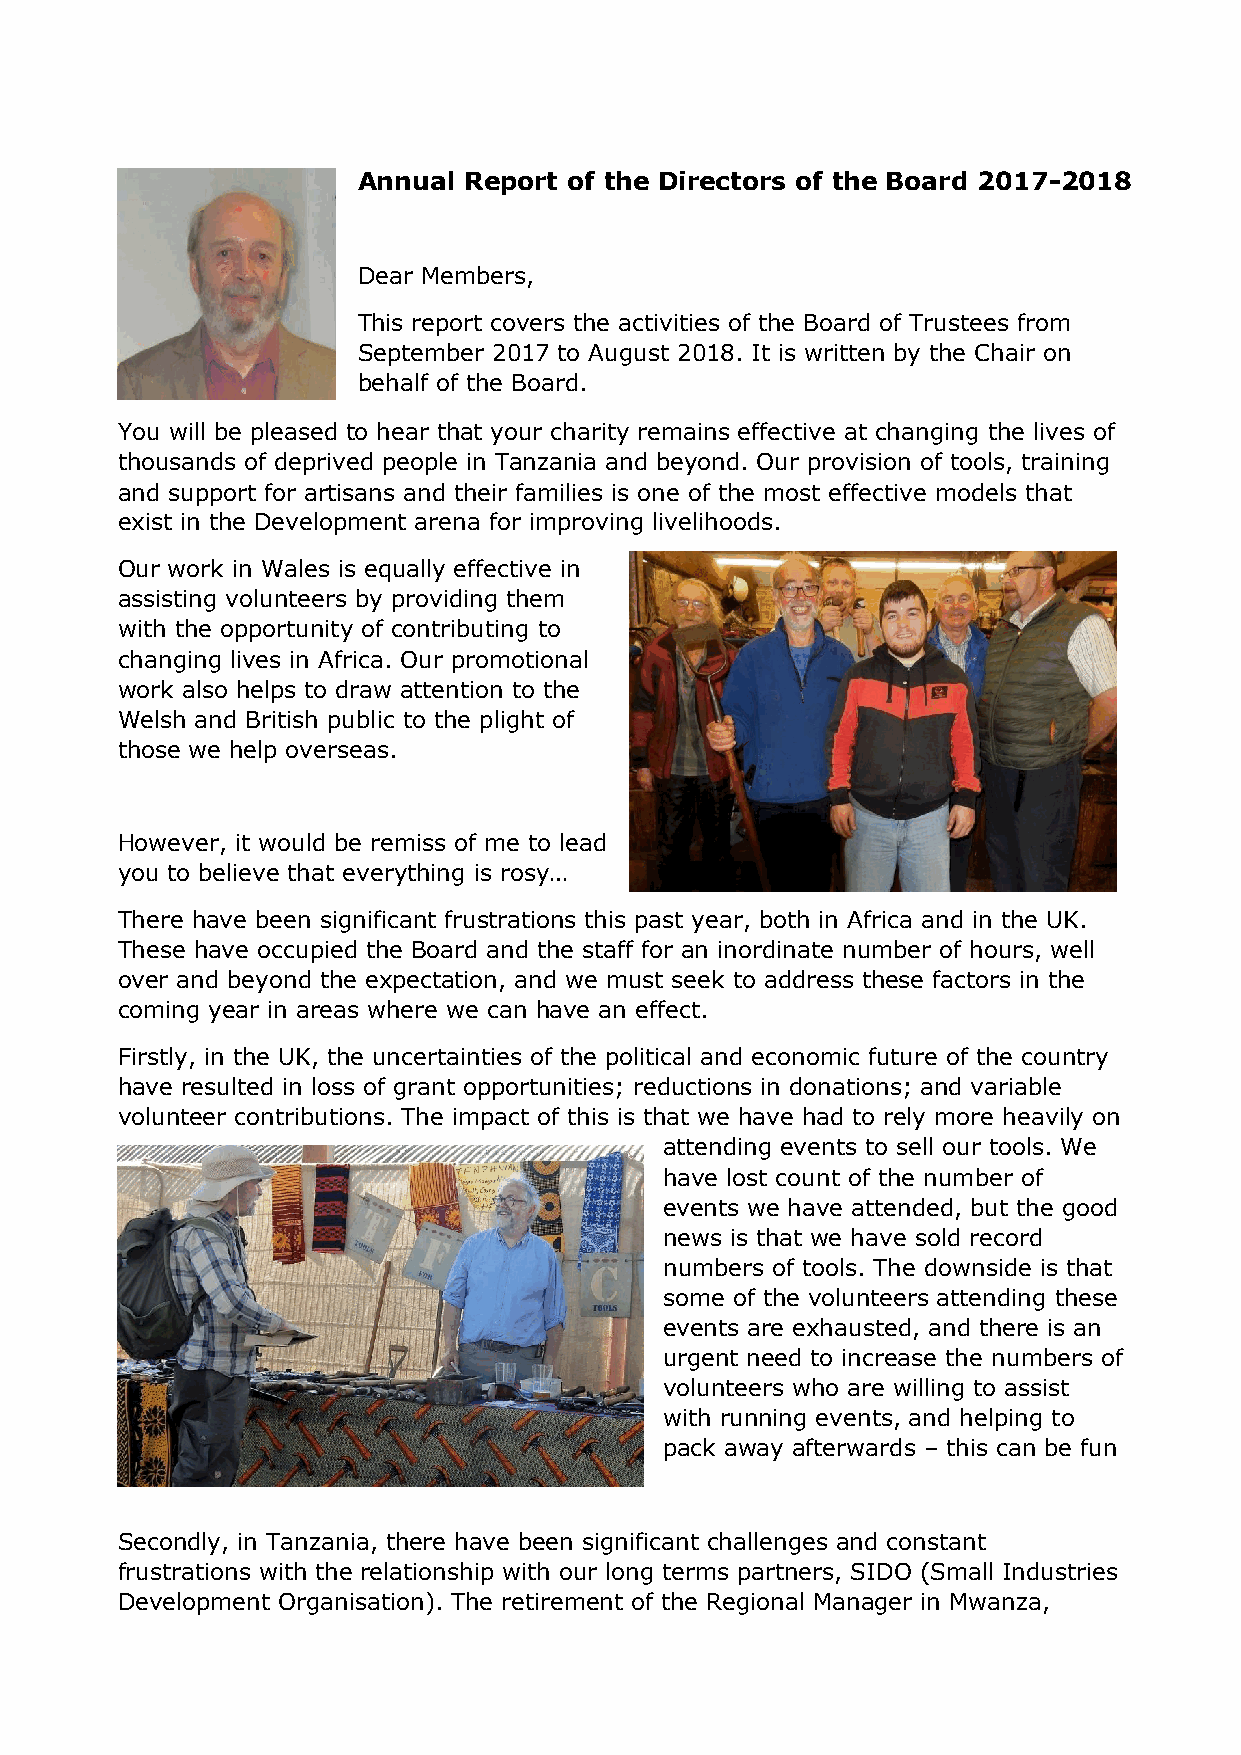
Annual Report of the Directors of the Board 2017-2018
 SDoemare tMimemesb ietr iss, difficult to remain positive in
 the face of many frustrations, but we try! So,
 This report covers the activities of the Board of Trustees from
 what is positive?
 September 2017 to August 2018. It is written by the Chair on
 behalf of the Board.
 You will be pleased to hear that your charity remains effective at changing the lives of
 thousands of deprived people in Tanzania and beyond. Our provision of tools, training
 and support for artisans and their families is one of the most effective models that
 exist in the Development arena for improving livelihoods.
 Our work in Wales is equally effective in
 assisting volunteers by providing them
 with the opportunity of contributing to
 changing lives in Africa. Our promotional
 work also helps to draw attention to the
 Welsh and British public to the plight of
 those we help overseas.
 However, it would be remiss of me to lead
 you to believe that everything is rosy…
 There have been significant frustrations this past year, both in Africa and in the UK.
 These have occupied the Board and the staff for an inordinate number of hours, well
 over and beyond the expectation, and we must seek to address these factors in the
 coming year in areas where we can have an effect.
 Firstly, in the UK, the uncertainties of the political and economic future of the country
 have resulted in loss of grant opportunities; reductions in donations; and variable
 volunteer contributions. The impact of this is that we have had to rely more heavily on
 attending events to sell our tools. We
 have lost count of the number of
 events we have attended, but the good
 news is that we have sold record
 numbers of tools. The downside is that
 some of the volunteers attending these
 events are exhausted, and there is an
 urgent need to increase the numbers of
 volunteers who are willing to assist
 with running events, and helping to
 pack away afterwards – this can be fun
 Secondly, in Tanzania, there have been significant challenges and constant
 frustrations with the relationship with our long terms partners, SIDO (Small Industries
 Development Organisation). The retirement of the Regional Manager in Mwanza,